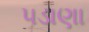
પડાણા